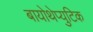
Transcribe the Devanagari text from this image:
बायोथेप्युटिक